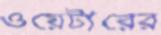
ওয়েটারের